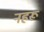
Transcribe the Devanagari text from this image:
नहरू